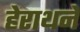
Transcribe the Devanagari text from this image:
हेराथने